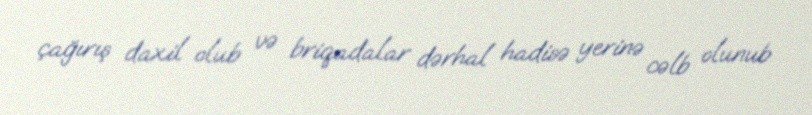
çağırış daxil olub və briqadalar dərhal hadisə yerinə cəlb olunub.